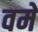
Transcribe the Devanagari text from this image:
वमें